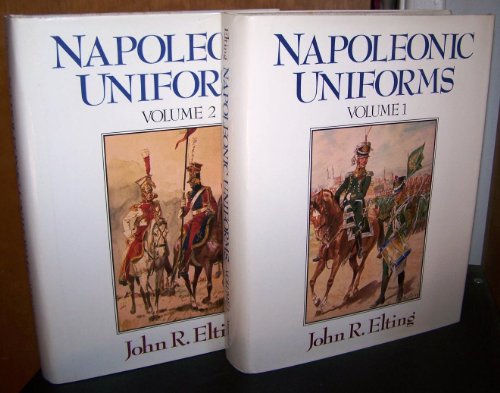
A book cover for Napoleonic Uniforms; John R. Elting; Crafts, Hobbies & Home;